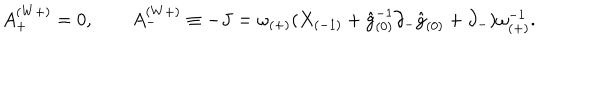
LaTeX: A _ { + } ^ { ( W + ) } = 0 , \qquad A _ { - } ^ { ( W + ) } \equiv - J = \omega _ { ( + ) } ( X _ { ( - 1 ) } + \hat { g } _ { ( 0 ) } ^ { - 1 } \partial _ { - } \hat { g } _ { ( 0 ) } + \partial _ { - } ) \omega _ { ( + ) } ^ { - 1 } .